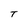
Character: T